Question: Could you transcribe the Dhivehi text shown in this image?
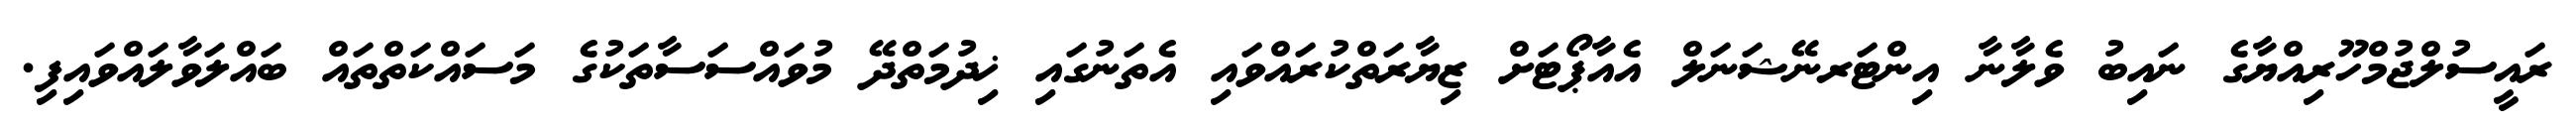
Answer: ރައީސުލްޖުމްހޫރިއްޔާގެ ނައިބު ވެލާނާ އިންޓަރނޭޝަނަލް އެއާޕޯޓަށް ޒިޔާރަތްކުރައްވައި އެތަނުގައި ޚިދުމަތްދޭ މުވައްސަސާތަކުގެ މަސައްކަތްތައް ބައްލަވާލައްވައިފި.